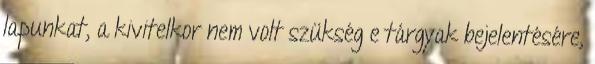
lapunkat, a kivitelkor nem volt szükség e tárgyak bejelentésére,